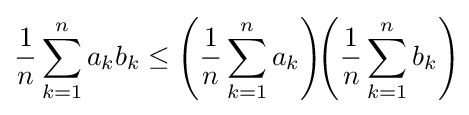
{1 \over n}\sum _{k=1}^{n}a_{k}b_{k}\leq \left({1 \over n}\sum _{k=1}^{n}a_{k}\right)\!\!\left({1 \over n}\sum _{k=1}^{n}b_{k}\right)\!